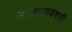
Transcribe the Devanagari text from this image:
उत्सवाविषयी